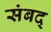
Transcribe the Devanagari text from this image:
संबद्